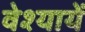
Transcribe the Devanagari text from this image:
वेश्यायें